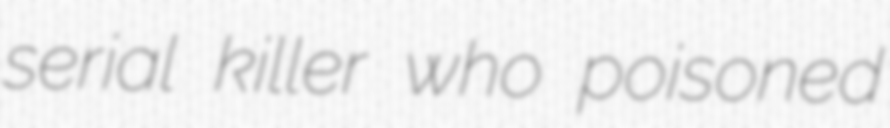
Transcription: serial killer who poisoned